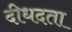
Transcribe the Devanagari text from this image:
दीधदता